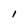
Character: 1